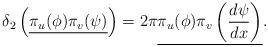
LaTeX: \begin{align*}\delta_2 \left(\underline{\pi_u(\phi) \pi_v(\psi)}\right) = 2\pi \underline{\pi_u(\phi)\pi_v\left(\frac{d\psi}{dx}\right)}.\end{align*}